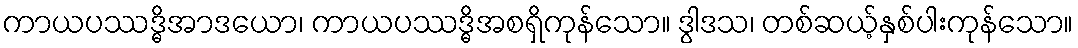
ကာယပဿဒ္ဓိအာဒယော၊ ကာယပဿဒ္ဓိအစရှိကုန်သော။ ဒွါဒသ၊ တစ်ဆယ့်နှစ်ပါးကုန်သော။